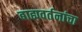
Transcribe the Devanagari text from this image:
बाह्यवर्तनांचा